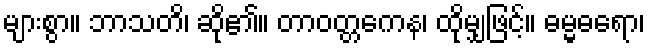
များစွာ။ ဘာသတိ၊ ဆို၏။ တာဝတ္တကေန၊ ထိုမျှဖြင့်။ ဓမ္မဓရော၊